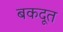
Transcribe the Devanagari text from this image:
बकदूत